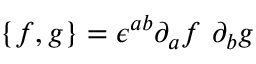
\{ f , g \} = \epsilon ^ { a b } \partial _ { a } f ~ \partial _ { b } g